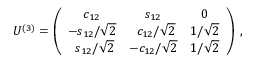
U ^ { ( 3 ) } = \left( \begin{array} { c c c } { { c _ { 1 2 } } } & { { s _ { 1 2 } } } & { { 0 } } \\ { { - { s _ { 1 2 } } / { \sqrt { 2 } } } } & { { \; \, { c _ { 1 2 } } / { \sqrt { 2 } } } } & { { 1 / \sqrt { 2 } } } \\ { { \; \, { s _ { 1 2 } } / { \sqrt { 2 } } } } & { { - { c _ { 1 2 } } / { \sqrt { 2 } } } } & { { 1 / \sqrt { 2 } } } \end{array} \right) \; ,